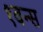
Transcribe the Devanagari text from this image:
१वन्स